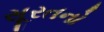
સૂરતનો